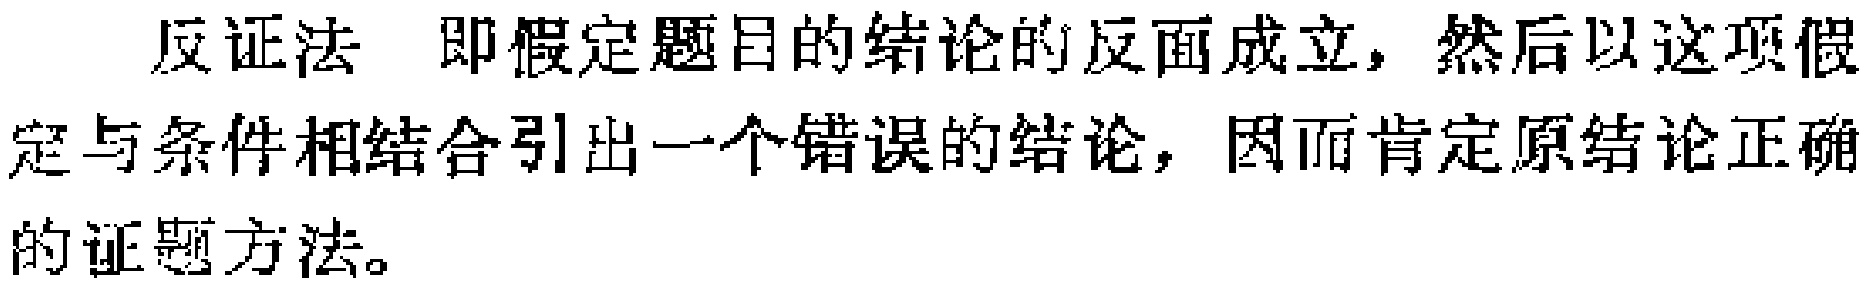
反证法 即假定题目的结论的反面成立，然后以这项假定与条件相结合引出一个错误的结论，因而肯定原结论正确的证题方法。